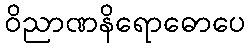
ဝိညာဏနိရောဓောပေ